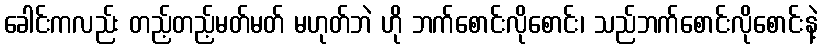
ခေါင်းကလည်း တည့်တည့်မတ်မတ် မဟုတ်ဘဲ ဟို ဘက်စောင်းလိုစောင်း၊ သည်ဘက်စောင်းလိုစောင်းနဲ့